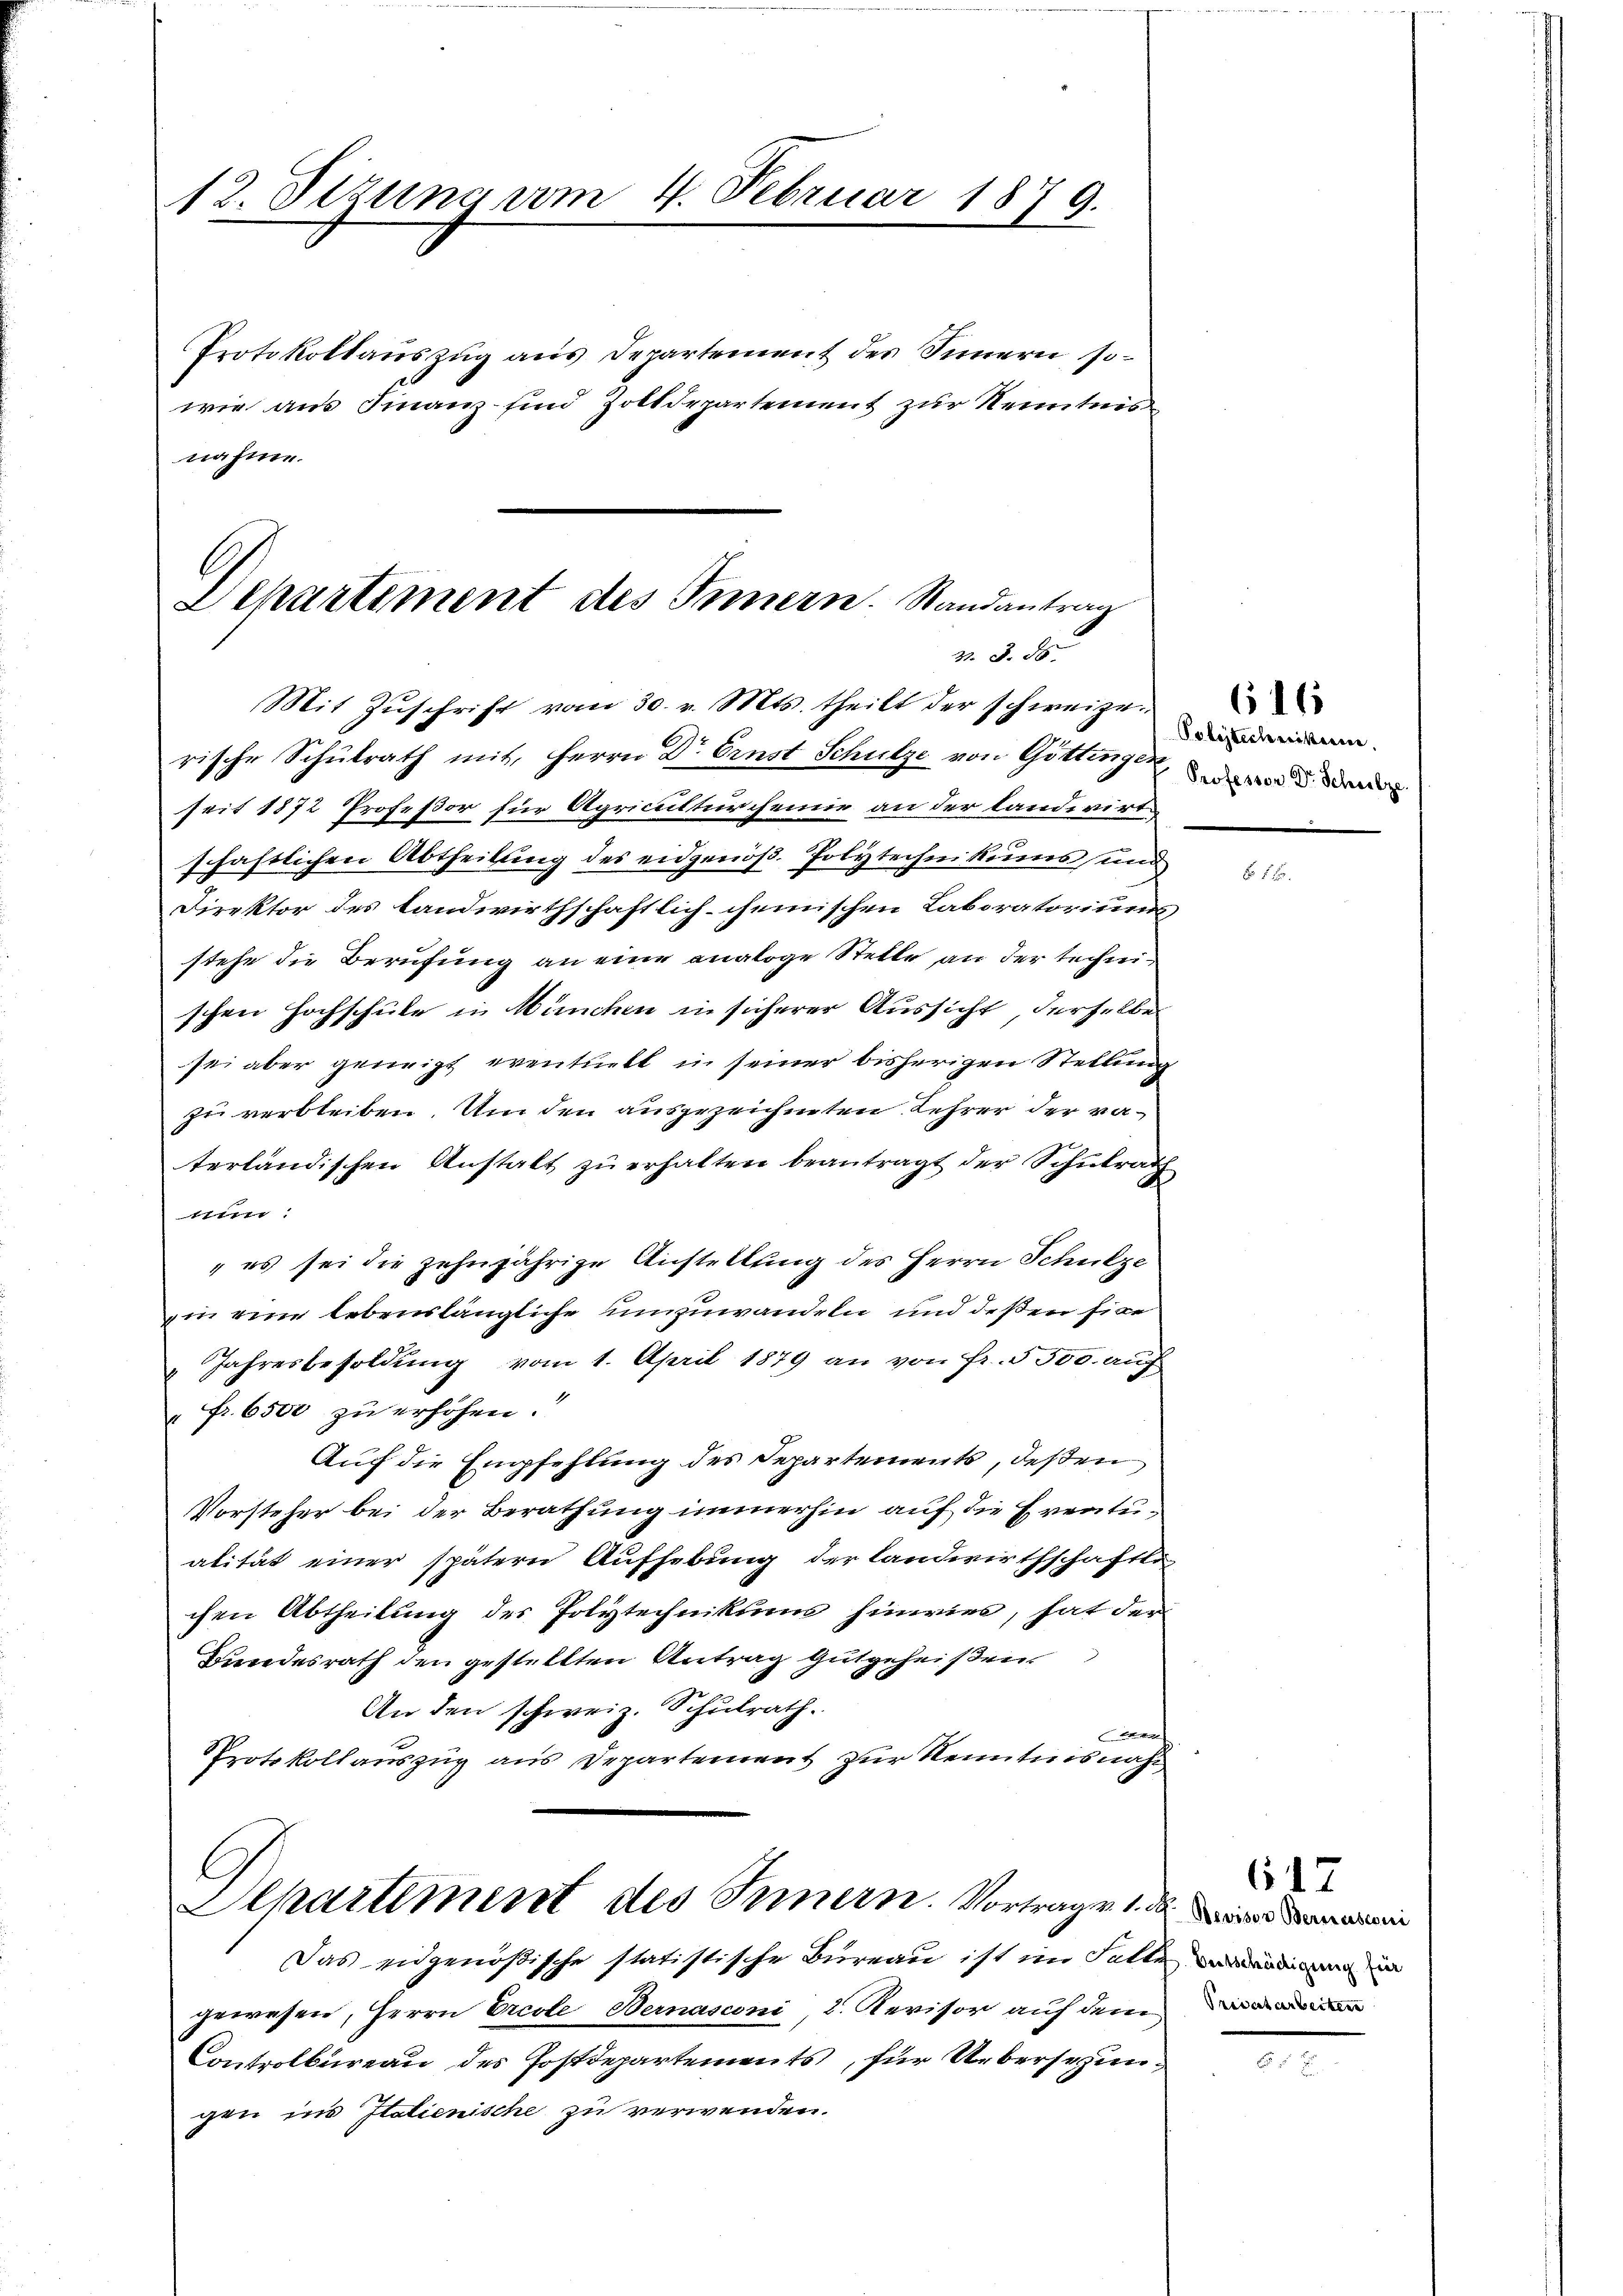
12. Stzung vom 4. Februar 1879.
Protokollauszug aus Departement des Innern sowie aus Finanz- sind Zolldepartement zur Kenntnis

Departement des Innern. Randantrag
3. d. d
Mit Zŭschrift vom 30. v. Mts. theilt der schweize

nahme.

rische Schulrath mit, Herrn Dr Ernst Schulze von Göttinger
seit 1872 Profeßor für Agriculturcheinie an der landwirt
schaftlichen Abtheilung des eidgenöß. Polytechnikums und
Direktor des Landwirthschaftlich-cheinischen Laboratoriums
stehe die Berufung an eine analoge Stelle an der technischen Hochschule in München in sicherer Aussicht, derselbe
sei aber geneigt eventliebt in seiner bisherigen Stellung
zu verbleiben. Um den ausgezeichneten Lehrer der vaterländischen Anstalt zu erhalten beantragt der Schulrath
i
, es sei die zehnjährige Anstellung des Herrn Schulze
zin eine lebenslängliche umzuwandeln und deßen fixe
Jahresbesoldung vom 1. April 1879 an von Fr. 5500. auf
Fr. 6500 zu erhöhen.
Auf die Empfehlung des Departements, deßen
Vorsteher bei der Berathung immerhin auf die Eventualität einer spätern Aufhebung der landwirthschaftli
chen Abtheilung des Polytechnikums hinwies, hat der
Bundesrath den gestellten Antrag gutgeheißen.
An den schweiz. Schulrath.

Protokollauszug aus Departement zur Kenntnisnah
C
Apartement des Innern. Vortrage d
Das eidgenößische statistische Bureau ist im Falle und in
gewesen, Herrn Ercole Bernasconi, 2. Revisor auf dem
Controlbureau des Postdepartements, für Uebersezungen ins Italienische zu verwenden.

Polytechnikern,

617

616